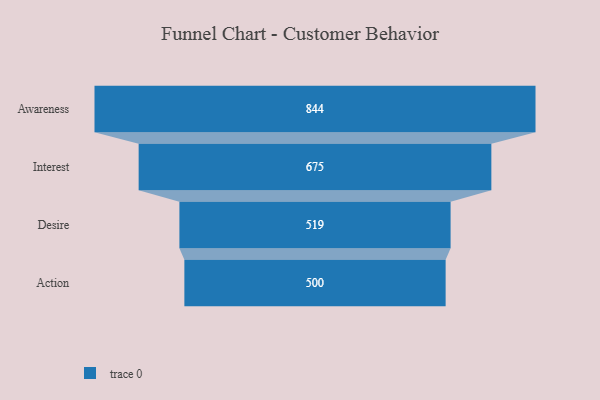
{"axis": {"x": "Stage", "y": "Value"}, "legend": [""], "data": [{"x": "Awareness", "y": 844.0, "type": ""}, {"x": "Interest", "y": 675.0, "type": ""}, {"x": "Desire", "y": 519.0, "type": ""}, {"x": "Action", "y": 500, "type": ""}]}